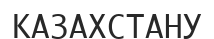
КАЗАХСТАНУ